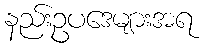
နည်းဥပဒေများအရ